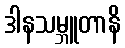
ဒါနသမ္ဘူတာနိ